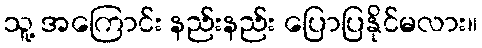
သူ့ အကြောင်း နည်းနည်း ပြောပြနိုင်မလား။